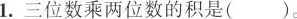
1.三位数乘两位数的积是()。